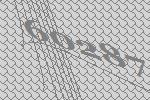
60287